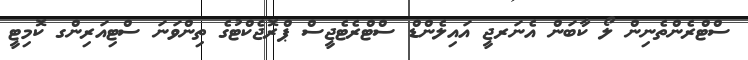
ސްޓްރެންތެނިން ލޯ ކާބަން އެނަރޖީ އައިލެންޑް ސްޓްރެޓެޖީސް ޕްރޮޖެކްޓުގެ ތިންވަނަ ސްޓިއަރިންގ ކޮމިޓީ